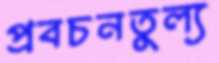
প্রবচনতুল্য